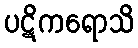
ပဋိကရောသိ